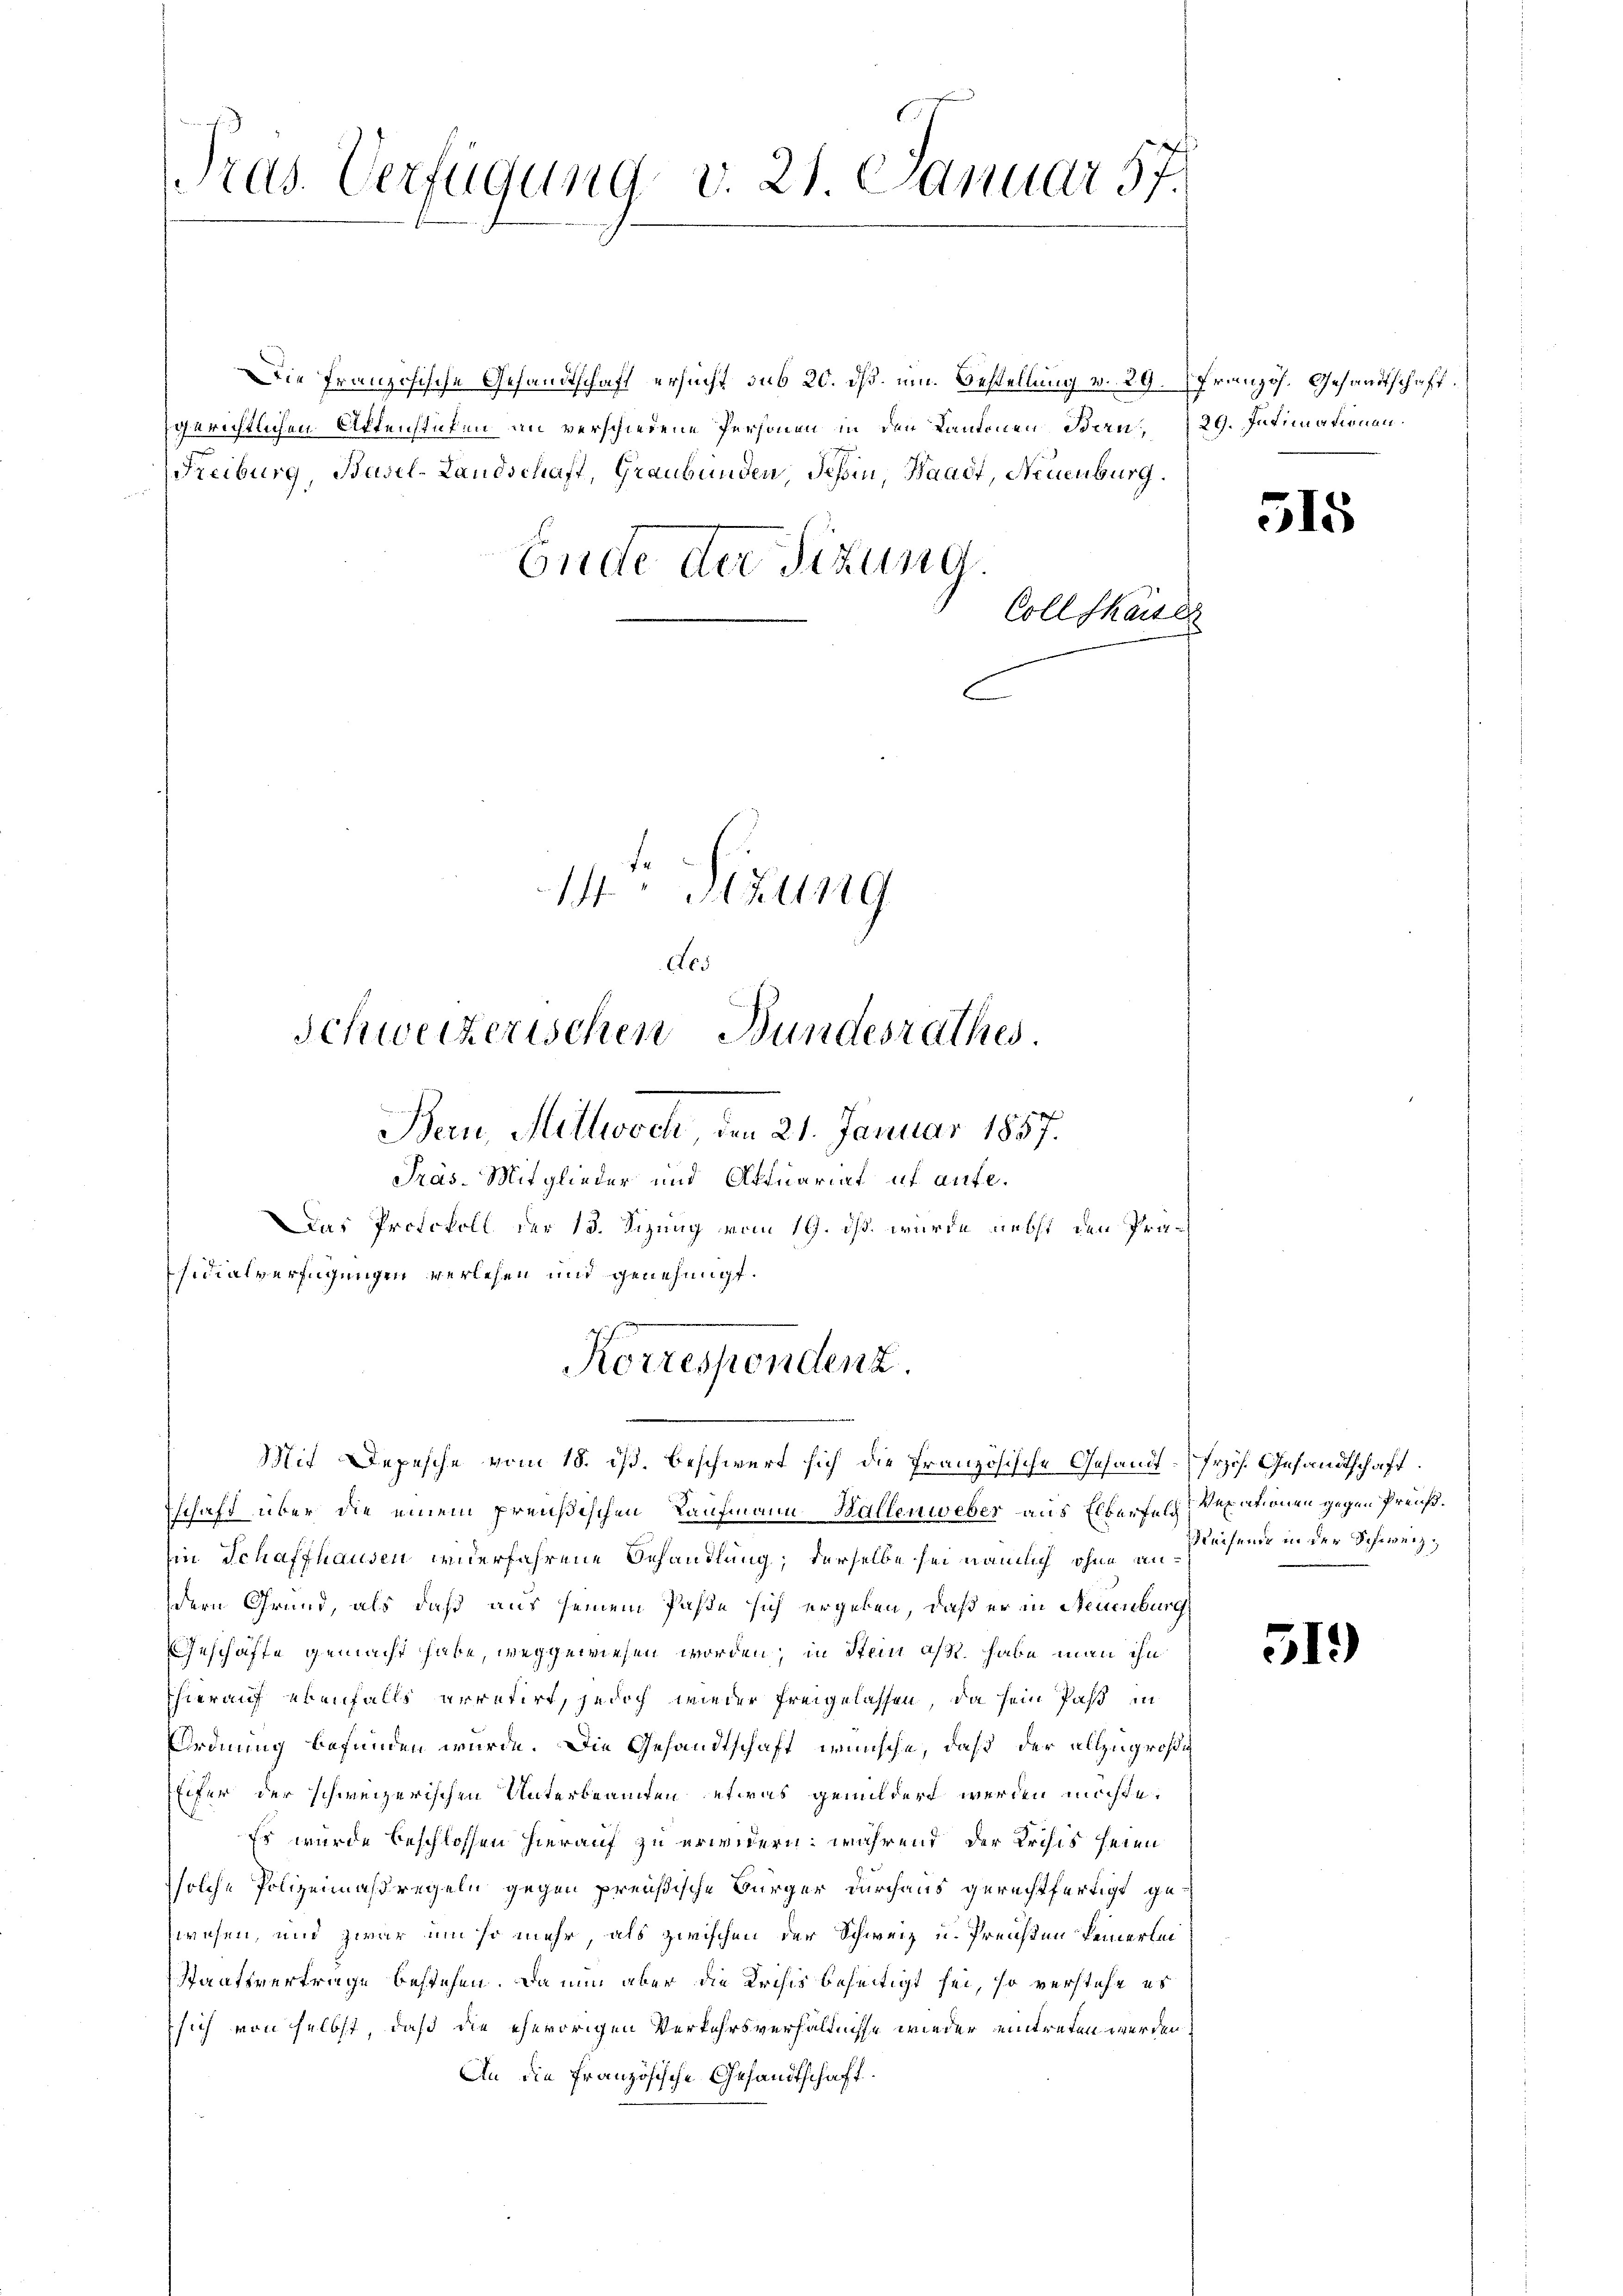
Tras. Verfügung v. 21. Januar 57.

Die Französische Gesandtschaft ersucht sub 20. dß. um. Bestellung v. 29. Französ. Gesandtschaft.
gerichtlichen Aktenstufen an verschiedene Personen in den Kantonen Bau 29. Intimationen.
Freiburg, Basel-Landschaft, Graubünden, Tessin, Waadt, Neuenburg.
Ende der Sitzung.

Das Protokoll der 13. Sizung vom 19. ds. wurde nebst den Präsidialverfügungen verlesen und genehmigt.
Korrespendenz.

14ten Sitzung
Aes
Schweizerischen Bundesrathes.
Bern, Mittwoch den 21. Januar 1857.
Präs. Mitglieder und Aktuariat uf aufe.

Coll kaiser

Mit Depesche vom 18. ist. beschwert sich die Französische Gesandt-frzös. Gesandtschaft.
schaft über die einem preußischen Kaufmann Ballenweber aus Elberfel vexationen gegen Preißin Schaffhausen wuerfahrene Behandlung; derselbe sei nämlich ohne andern Grund, als daß aus seinem Paste sich ergeben, daß er in Neuenburg
Geschäfte gemacht habe, weggewiesen worden; in Stein asst. habe man ihn
hierauf ebenfalls arretirt, jedoch wieder freigelassen, da sein Paß in
Ordnung befunden würde. Die Gesandtschaft wünsche, daß der allzugrößig
Eifer der schweizerischen Unterbeamten etwas gemildert werden möchte.
Es wurde beschlossen hierauf zu erwidern; während der Krisis seien
solche Polizeimaßregeln gegen preußische Bürger durchaus gerechtfertigt gewesen, und zwar um so mehr, als zwischen der Schweiz u. Preisten keinerlei
Staatsvertrage bestehen. Da nun aber die Krisis beseitigt sei, so verstehe es
sich von selbst, daß die ehevorigen Verkehrsverhältnisse wieder eintreten werden
An die französische Gesandtschaft.

.

515

Reifende in der Schweiz.

519)